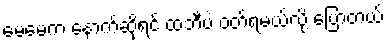
မေမေက နောက်ဆိုရင် ထဘီပဲ ဝတ်ရမယ်လို့ ပြောတယ်